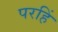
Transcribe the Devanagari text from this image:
परहिं